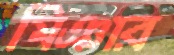
মিঞার